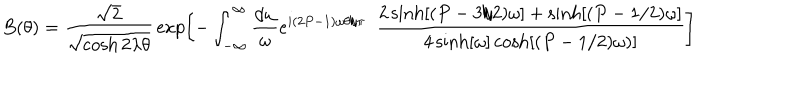
B ( \theta ) = { \frac { \sqrt { 2 } } { \sqrt { \cosh 2 \lambda \theta } } } \exp \left[ - \int _ { - \infty } ^ { \infty } { \frac { d \omega } { \omega } } e ^ { i ( 2 P - 1 ) \omega \theta / \pi } ~ ~ { \frac { 2 \sinh [ ( P - 3 / 2 ) \omega ] + \sinh [ ( P - 1 / 2 ) \omega ] } { 4 \sinh [ \omega ] \cosh [ ( P - 1 / 2 ) \omega ) ] } } \right]